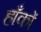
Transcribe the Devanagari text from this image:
हाँकों